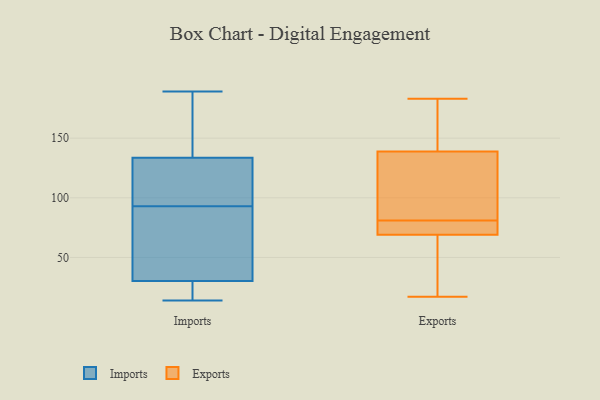
{"axis": {"x": "Humidity (%)", "y": "Value"}, "legend": ["Exports", "Imports"], "data": [{"x": "", "y": 81, "type": "Imports"}, {"x": "", "y": 135, "type": "Imports"}, {"x": "", "y": 14, "type": "Imports"}, {"x": "", "y": 93, "type": "Imports"}, {"x": "", "y": 28, "type": "Imports"}, {"x": "", "y": 37, "type": "Imports"}, {"x": "", "y": 95, "type": "Imports"}, {"x": "", "y": 168, "type": "Imports"}, {"x": "", "y": 27, "type": "Imports"}, {"x": "", "y": 189, "type": "Imports"}, {"x": "", "y": 129, "type": "Imports"}, {"x": "", "y": 69, "type": "Exports"}, {"x": "", "y": 81, "type": "Exports"}, {"x": "", "y": 69, "type": "Exports"}, {"x": "", "y": 139, "type": "Exports"}, {"x": "", "y": 96, "type": "Exports"}, {"x": "", "y": 165, "type": "Exports"}, {"x": "", "y": 17, "type": "Exports"}, {"x": "", "y": 76, "type": "Exports"}, {"x": "", "y": 18, "type": "Exports"}, {"x": "", "y": 183, "type": "Exports"}, {"x": "", "y": 175, "type": "Exports"}, {"x": "", "y": 138, "type": "Exports"}, {"x": "", "y": 158, "type": "Exports"}, {"x": "", "y": 44, "type": "Exports"}, {"x": "", "y": 98, "type": "Exports"}, {"x": "", "y": 73, "type": "Exports"}, {"x": "", "y": 110, "type": "Exports"}, {"x": "", "y": 44, "type": "Exports"}, {"x": "", "y": 69, "type": "Exports"}]}